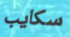
سكايب